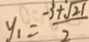
y _ { 1 } = \frac { - 3 + \sqrt { 2 1 } } { 2 }